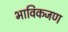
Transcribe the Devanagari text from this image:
भाविकजण